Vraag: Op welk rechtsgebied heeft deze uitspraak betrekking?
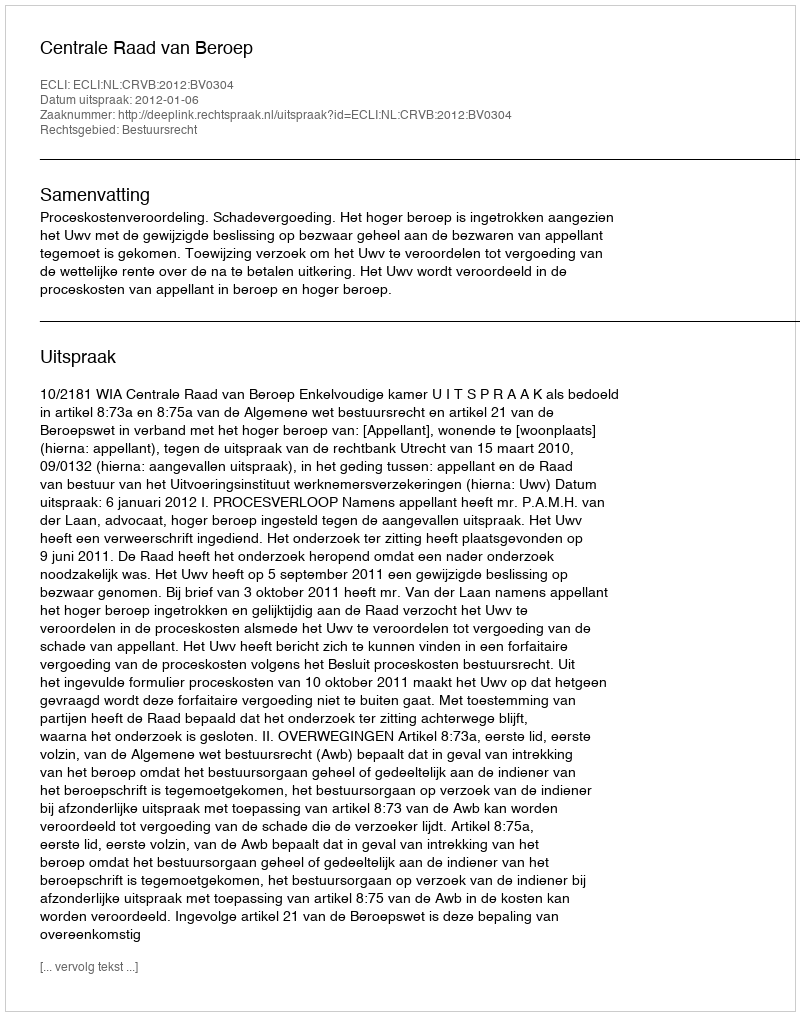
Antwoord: Bestuursrecht